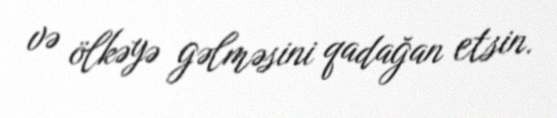
və ölkəyə gəlməsini qadağan etsin.